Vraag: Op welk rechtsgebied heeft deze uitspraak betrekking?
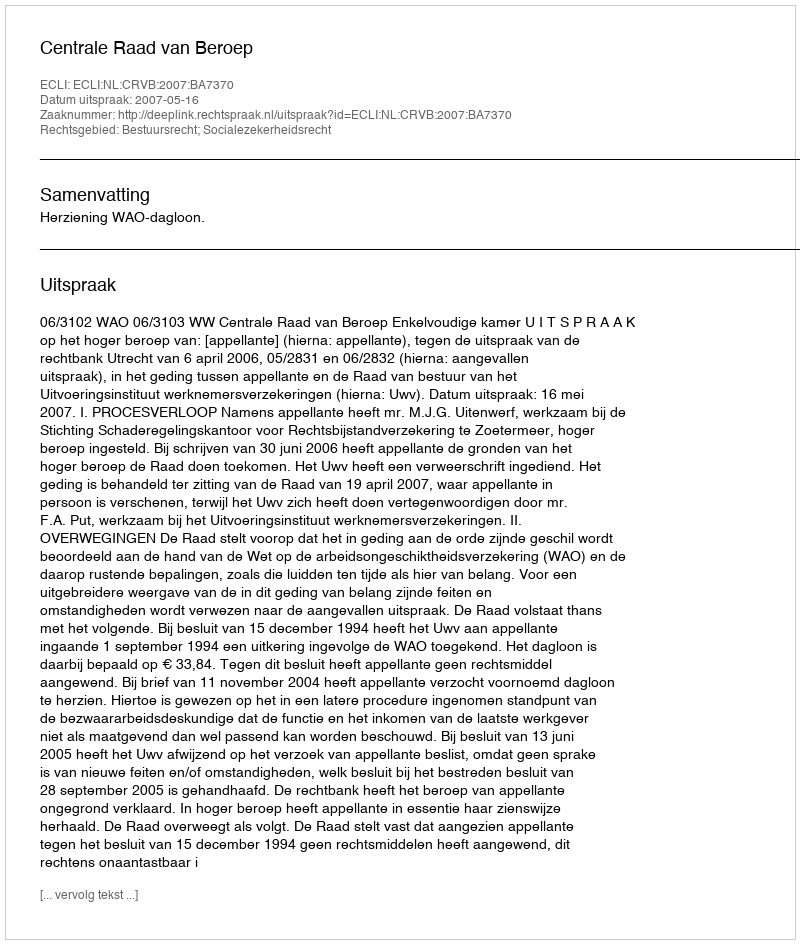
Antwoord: Bestuursrecht; Socialezekerheidsrecht